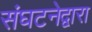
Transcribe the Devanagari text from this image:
संघटनेद्वारा